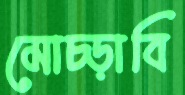
মোচ্‌ড়াবি